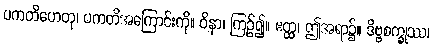
ပကတိဟေတု၊ ပကတိအကြောင်းကို။ ဝိနာ၊ ကြဉ်၍။ ဧတ္ထ၊ ဤအရာ၌။ ဒိဗ္ဗစက္ခုဿ၊